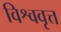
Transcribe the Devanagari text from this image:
विश्ववृत्त